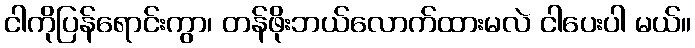
ငါကိုပြန်ရောင်းကွာ၊ တန်ဖိုးဘယ်လောက်ထားမလဲ ငါပေးပါ မယ်။